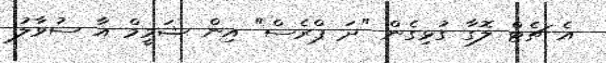
އެ ޗެޓް ލޮގާ ގުޅިގެން "ދަ ޕްރެސް" އިން ޝަމީމް އާ ސުވާލު